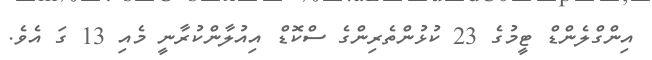
އިންގްލެންޑް ޓީމުގެ 23 ކުޅުންތެރިންގެ ސްކޮޑް އިއުލާންކުރާނީ މެއި 13 ގަ އެވެ.